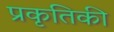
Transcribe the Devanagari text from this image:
प्रकृतिकी